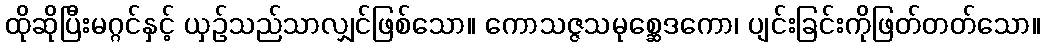
ထိုဆိုပြီးမဂ္ဂင်နှင့် ယှဉ်သည်သာလျှင်ဖြစ်သော။ ကောသဇ္ဇသမုစ္ဆေဒကော၊ ပျင်းခြင်းကိုဖြတ်တတ်သော။